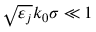
\sqrt { \varepsilon _ { j } } k _ { 0 } \sigma \ll 1